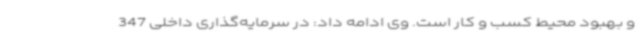
و بهبود محیط کسب و کار است. وی ادامه داد: در سرمایه‌گذاری داخلی 347